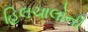
હિલચાલોની